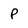
Character: P